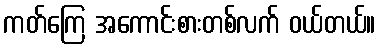
ကတ်ကြေ အကောင်းစားတစ်လက် ဝယ်တယ်။